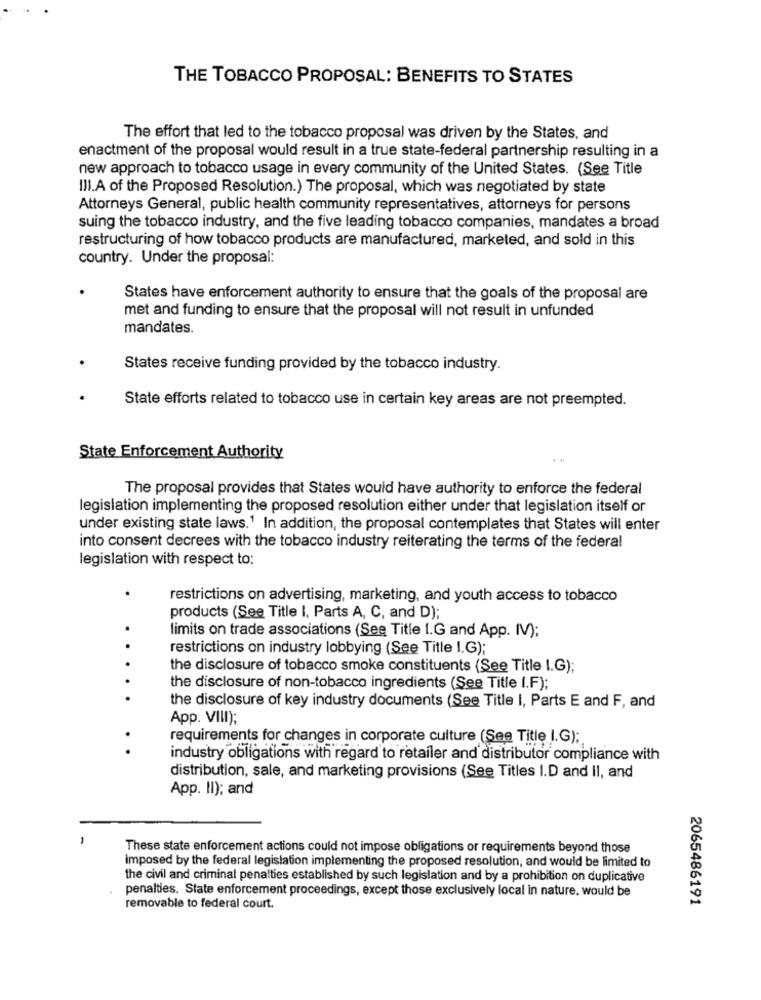
THE TOBACCO PROPOSAL: BENEFITS TO STATES
The effort that led to the tobacco proposal was driven by the States, and
enactment of the proposal would result in a true state-federal partnership resulting in a
new approach to tobacco usage in every community of the United States. (See Title
III.A of the Proposed Resolution.) The proposal, which was negotiated by state
Attorneys General, public health community representatives, attorneys for persons
suing the tobacco industry, and the five leading tobacco companies, mandates a broad
restructuring of how tobacco products are manufactured, marketed, and sold in this
country. Under the proposal:
States have enforcement authority to ensure that the goals of the proposal are
met and funding to ensure that the proposal will not result in unfunded
mandates.
States receive funding provided by the tobacco industry.
State efforts related to tobacco use in certain key areas are not preempted.
State Enforcement Authority
The proposal provides that States would have authority to enforce the federal
legislation implementing the proposed resolution either under that legislation itself or
under existing state laws.1 In addition, the proposal contemplates that States will enter
into consent decrees with the tobacco industry reiterating the terms of the federal
legislation with respect to:
restrictions on advertising, marketing, and youth access to tobacco
products (See Title I, Parts A, C, and D);
limits on trade associations (See Title I.G and App. IV);
..
restrictions on industry lobbying (See Title I.G);
the disclosure of tobacco smoke constituents (See Title I.G);
the disclosure of non-tobacco ingredients (See Title I.F);
the disclosure of key industry documents (See Title I, Parts E and F, and
App. VIII);
requirements for changes in corporate culture (See Title I.G);
industry obligations with regard to retailer and distributor compliance with
distribution, sale, and marketing provisions (See Titles I.D and Il, and
App. Il); and
1
These state enforcement actions could not impose obligations or requirements beyond those
imposed by the federal legislation implementing the proposed resolution, and would be limited to
the civil and criminal penalties established by such legislation and by a prohibition on duplicative
penalties. State enforcement proceedings, except those exclusively local in nature, would be
2065486191
removable to federal court.